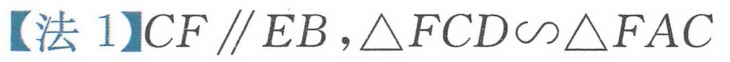
【法 1】\(CF\parallel EB\)，\(\triangle FCD\sim\triangle FAC\)